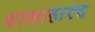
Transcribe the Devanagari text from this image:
शाकाहारच